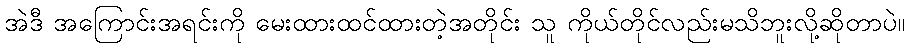
အဲဒီ အကြောင်းအရင်းကို မေးထားထင်ထားတဲ့အတိုင်း သူ ကိုယ်တိုင်လည်းမသိဘူးလို့ဆိုတာပဲ။